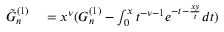
\begin{array} { r l } { \tilde { G } _ { n } ^ { ( 1 ) } } & { { } = x ^ { \nu } ( G _ { n } ^ { ( 1 ) } - \int _ { 0 } ^ { x } t ^ { - \nu - 1 } e ^ { - t - \frac { x y } { t } } d t ) } \end{array}